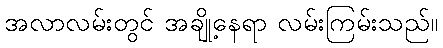
အလာလမ်းတွင် အချို့နေရာ လမ်းကြမ်းသည်။